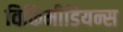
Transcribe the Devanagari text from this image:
विकिमीडियन्स